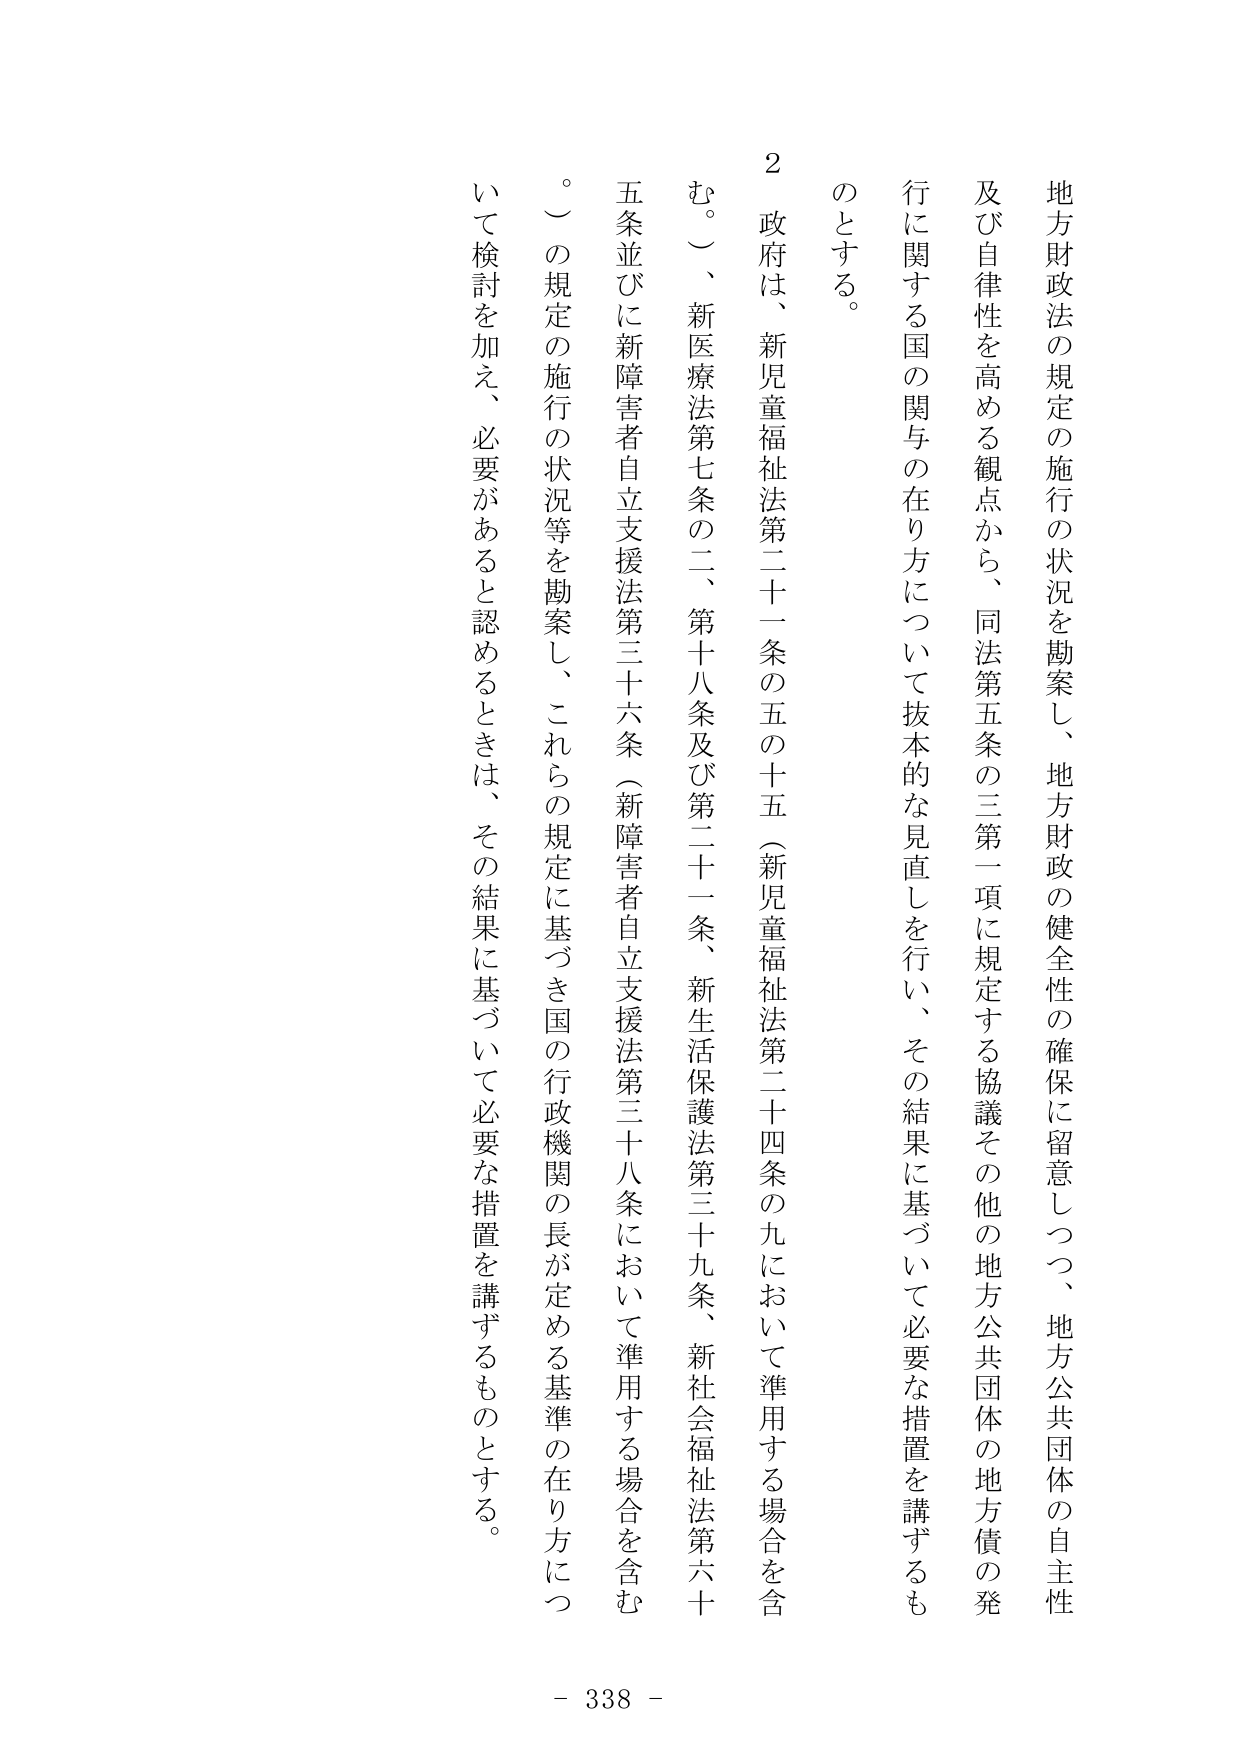
地方財政法の規定の施行の状況を勘案し、地方財政の健全性の確保に留意しつつ、地方公共団体の自主性及び自律性を高める観点から、同法第五条の三第一項に規定する協議その他の地方公共団体の地方債の発行に関する国の関与の在り方について抜本的な見直しを行い、その結果に基づいて必要な措置を講ずるものとする。

２　政府は、新児童福祉法第二十一条の五の十五（新児童福祉法第二十四条の九において準用する場合を含む。）、新医療法第七条の二、第十八条及び第二十一条、新生活保護法第三十九条、新社会福祉法第六十五条並びに新障害者自立支援法第三十六条（新障害者自立支援法第三十八条において準用する場合を含む。）の規定の施行の状況等を勘案し、これらの規定に基づき国の行政機関の長が定める基準の在り方について検討を加え、必要があると認めるときは、その結果に基づいて必要な措置を講ずるものとする。

- 338 -